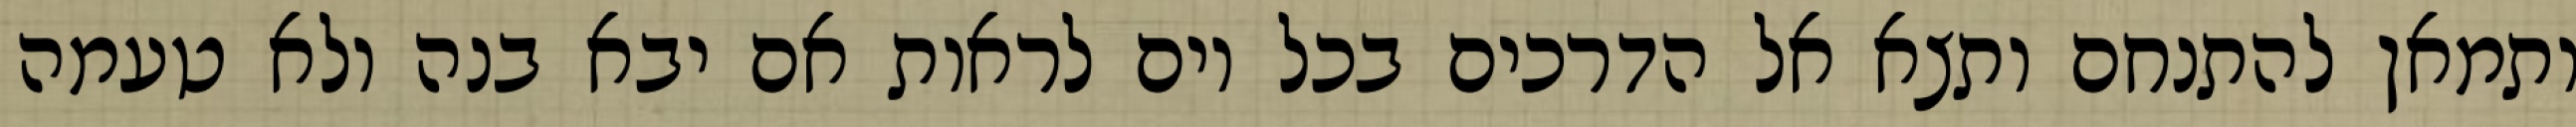
ותמאן להתנחם ותצא אל הדרכים בכל יום לראות אם יבא בנה ולא טעמה